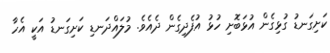
ކަށިގަނޑު ގުޅިގެން އުޅަބޮށި ހުޅު އުފެދިގެން ދެއެވެ. މުލައްދަނޑި ކަށިގަނޑު އަކީ އެހާ